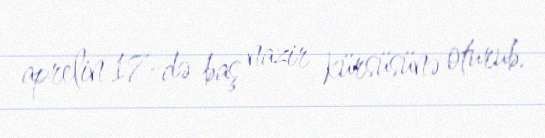
aprelin 17-də baş nazir kürsüsünə oturub.